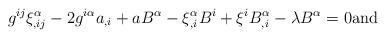
LaTeX: \begin{align*}g^{ij}\xi _{,ij}^{\alpha }-2g^{i\alpha }a_{,i}+aB^{\alpha }-\xi_{,i}^{\alpha }B^{i}+\xi ^{i}B_{,i}^{\alpha }-\lambda B^{\alpha }=0\mbox{\rm and} \end{align*}